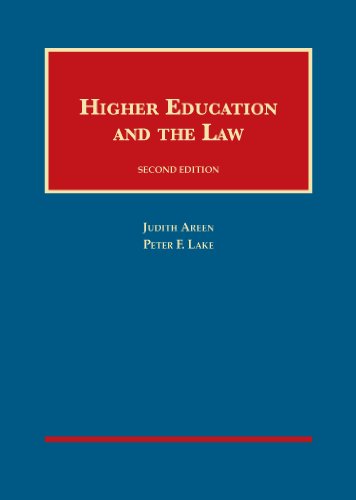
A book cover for Higher Education and the Law (University Casebook Series); Judith Areen; Law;